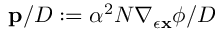
\mathbf { p } / { D } : = \alpha ^ { 2 } N \nabla _ { \epsilon { \mathbf { x } } } \phi / { D }